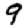
Digit: 9